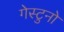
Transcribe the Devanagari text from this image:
गेस्टुनो